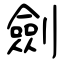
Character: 劍